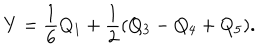
LaTeX: Y = \frac { 1 } { 6 } Q _ { 1 } + \frac { 1 } { 2 } ( Q _ { 3 } - Q _ { 4 } + Q _ { 5 } ) .